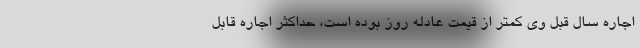
اجاره سال قبل وی کمتر از قیمت عادله روز بوده است، حداکثر اجاره قابل